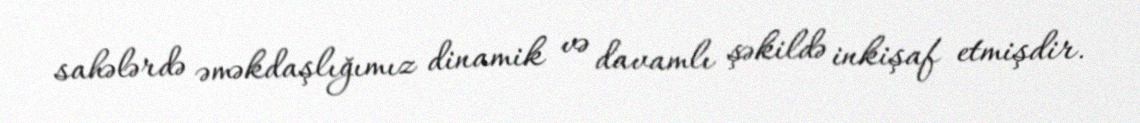
sahələrdə əməkdaşlığımız dinamik və davamlı şəkildə inkişaf etmişdir.